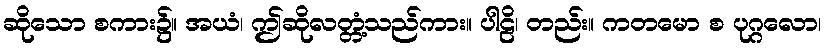
ဆိုသော စကား၌။ အယံ၊ ဤဆိုလတ္တံ့သည်ကား။ ပါဠိ၊ တည်း။ ကတမော စ ပုဂ္ဂလော၊